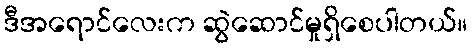
ဒီအရောင်လေးက ဆွဲဆောင်မှုရှိစေပါတယ်။